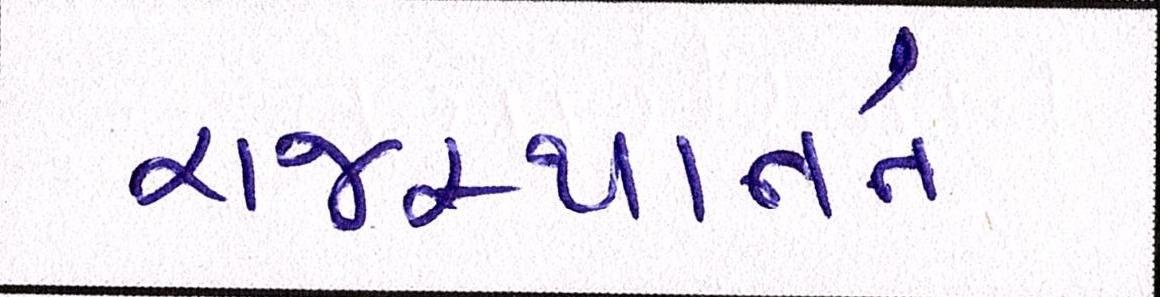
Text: રાજસ્થાનને